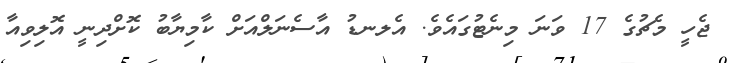
ޖެހީ މެޗުގެ 17 ވަނަ މިނެޓުގައެވެ. އެލނޑު އާސެނަލްއަށް ކާމިޔާބު ކޮށްދިނީ އޮލިވިއާ